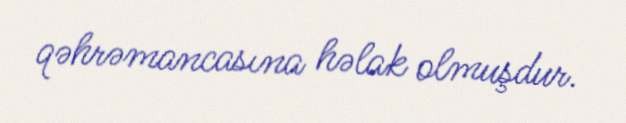
qəhrəmancasına həlak olmuşdur.